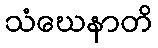
သံဃေနာတိ